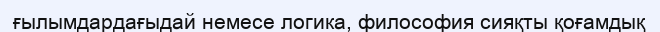
ғылымдардағыдай немесе логика, философия сияқты қоғамдық